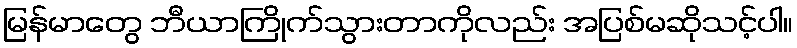
မြန်မာတွေ ဘီယာကြိုက်သွားတာကိုလည်း အပြစ်မဆိုသင့်ပါ။